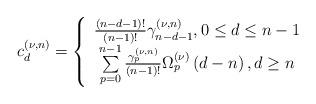
LaTeX: \begin{align*}c_{d}^{\left( \nu ,n\right) }=\left\{ \begin{array}{c}\frac{(n-d-1)!}{(n-1)!}\gamma _{n-d-1}^{(\nu ,n)},0\leq d\leq n-1 \\ \sum\limits_{p=0}^{n-1}\frac{\gamma_{p}^{(\nu ,n)}}{(n-1)!}\Omega _{p}^{\left( \nu \right) }\left( d-n\right),d\geq n\end{array}\right. \end{align*}